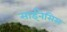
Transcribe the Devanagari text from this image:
साईनेसिस